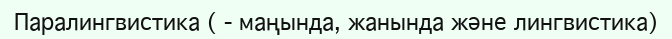
Паралингвистика ( - маңында, жанында және лингвистика)